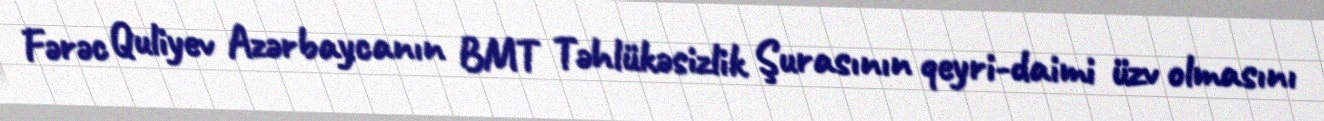
Fərəc Quliyev Azərbaycanın BMT Təhlükəsizlik Şurasının qeyri-daimi üzv olmasını